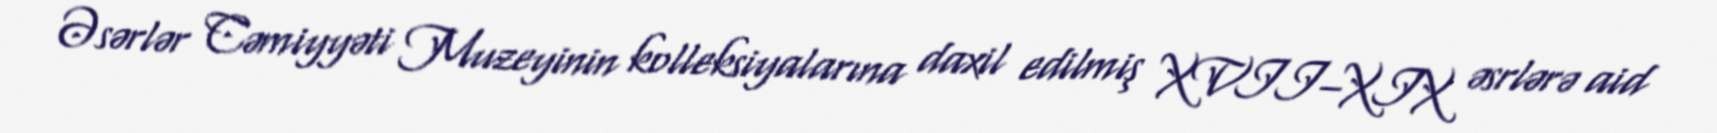
Əsərlər Cəmiyyəti Muzeyinin kolleksiyalarına daxil edilmiş XVII–XIX əsrlərə aid